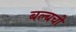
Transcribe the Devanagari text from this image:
बल्बची